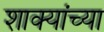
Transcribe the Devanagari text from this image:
शाक्यांच्या